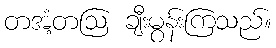
တအံ့တဩ ချီးမွန်းကြသည်။